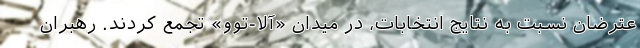
عترضان نسبت به نتایج انتخابات، در میدان «آلا-توو» تجمع کردند. رهبران